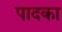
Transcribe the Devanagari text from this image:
पादका